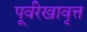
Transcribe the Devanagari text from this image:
पूर्वरेखावृत्त